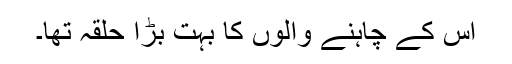
اس کے چاہنے والوں کا بہت بڑا حلقہ تھا۔